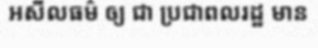
អសីលធម៌ ឲ្យ ជា ប្រជាពលរដ្ឋ មាន